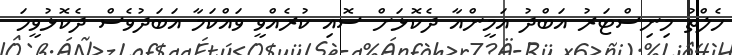
ހެލްތު މިނިސްޓަރު އަބްދު އަމީންއާ ދެކޮޅަށް ސޮއި ކުރެއްވީ ވައްކަމާ އަބަދުވެސް ދެކޮޅުވީމަ